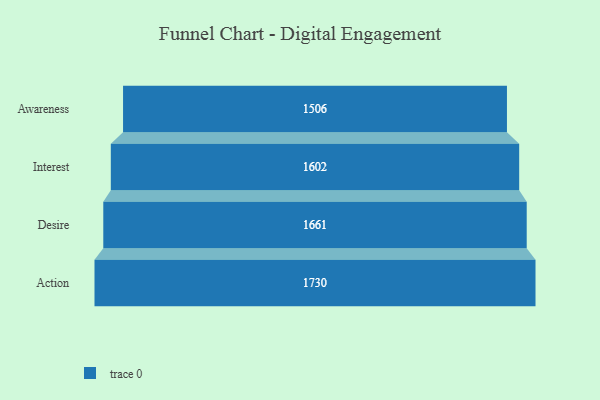
{"axis": {"x": "Stage", "y": "Value"}, "legend": [""], "data": [{"x": "Awareness", "y": 1506.0, "type": ""}, {"x": "Interest", "y": 1602.0, "type": ""}, {"x": "Desire", "y": 1661.0, "type": ""}, {"x": "Action", "y": 1730.0, "type": ""}]}